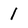
Character: 1